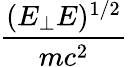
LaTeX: \frac{(E_{\perp}E)^{1/2}}{mc^{2}}